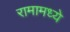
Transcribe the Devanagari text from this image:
रामामध्ये